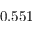
0 . 5 5 1